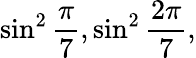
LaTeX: \sin^{2}{\frac{\pi}{7}},\sin^{2}{\frac{2\pi}{7}},